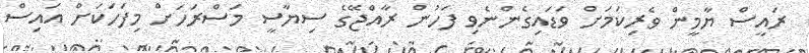
ރައީސް ޔާމީން ވެރިކަމަށް ވަޑައިގެންނެވި ފަހުން ރާއްޖޭގެ ސިޔާސީ މަސްރަހަށް މިފަހަކަށް އައިސް